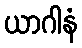
ယာဂါနံ